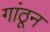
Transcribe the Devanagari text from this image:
गांठून